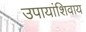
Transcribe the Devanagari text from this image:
उपायांशिवाय